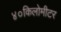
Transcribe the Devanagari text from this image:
४०किलोमीटर